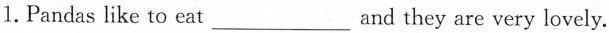
1.Pandas like to eat___and they are very lovely.